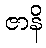
ဇာနိ